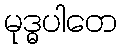
မုဒ္ဓပါတေ